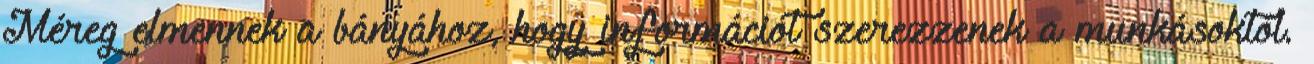
Méreg elmennek a bányához, hogy információt szerezzenek a munkásoktól.